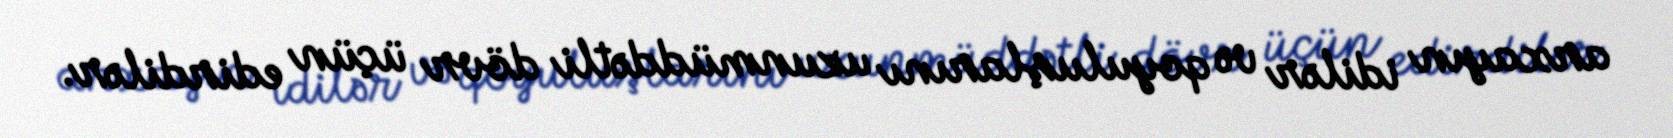
arxayın idilər və qoyuluşlarını uzunmüddətli dövr üçün edirdilər.